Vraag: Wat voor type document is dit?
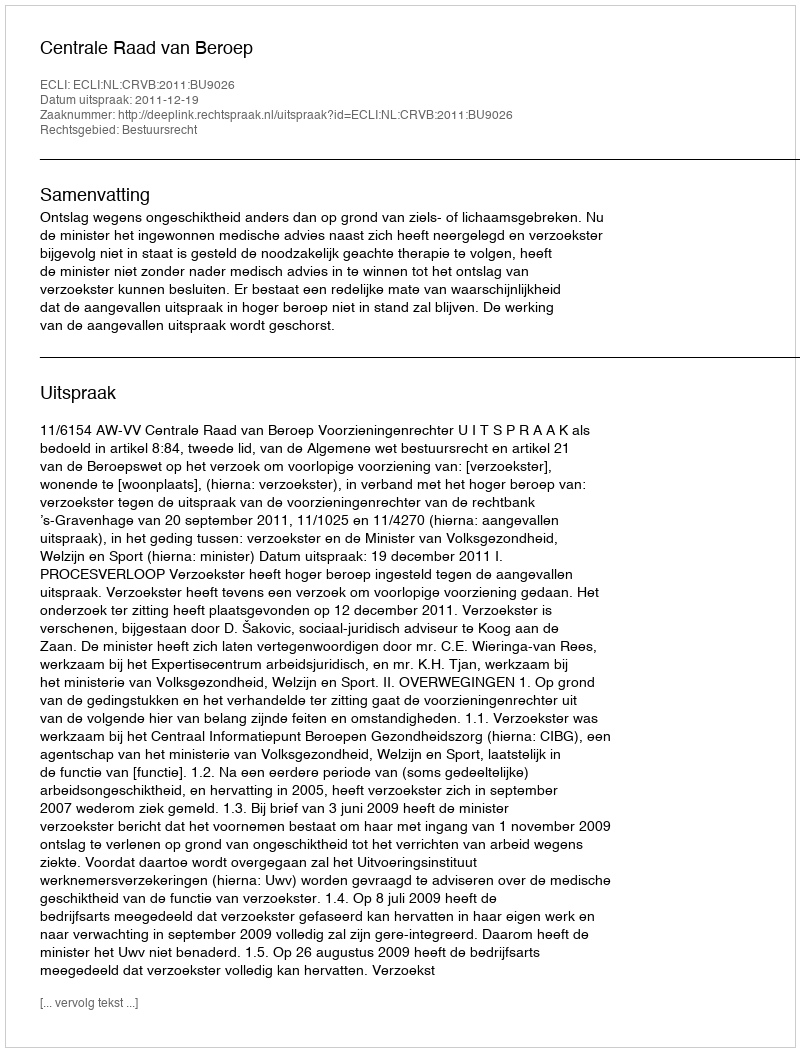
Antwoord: Uitspraak